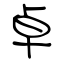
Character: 卓